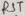
Text: GND